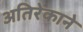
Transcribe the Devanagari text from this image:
अतिरेकाने